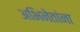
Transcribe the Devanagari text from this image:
अभिनेतांना